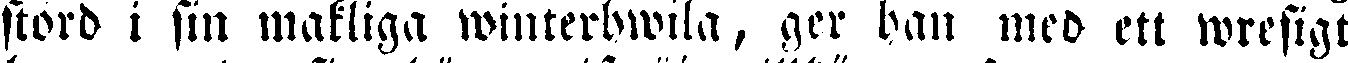
stord i sin makliga winterhwila, ger han med ett wresigt